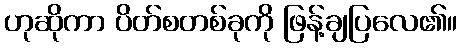
ဟုဆိုကာ ပိတ်စတစ်ခုကို ဖြန့်ချပြလေ၏။